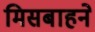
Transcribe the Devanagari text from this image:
मिसबाहने